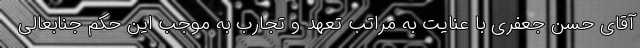
آقای حسن جعفری با عنایت به مراتب تعهد و تجارب به موجب این حکم جنابعالی